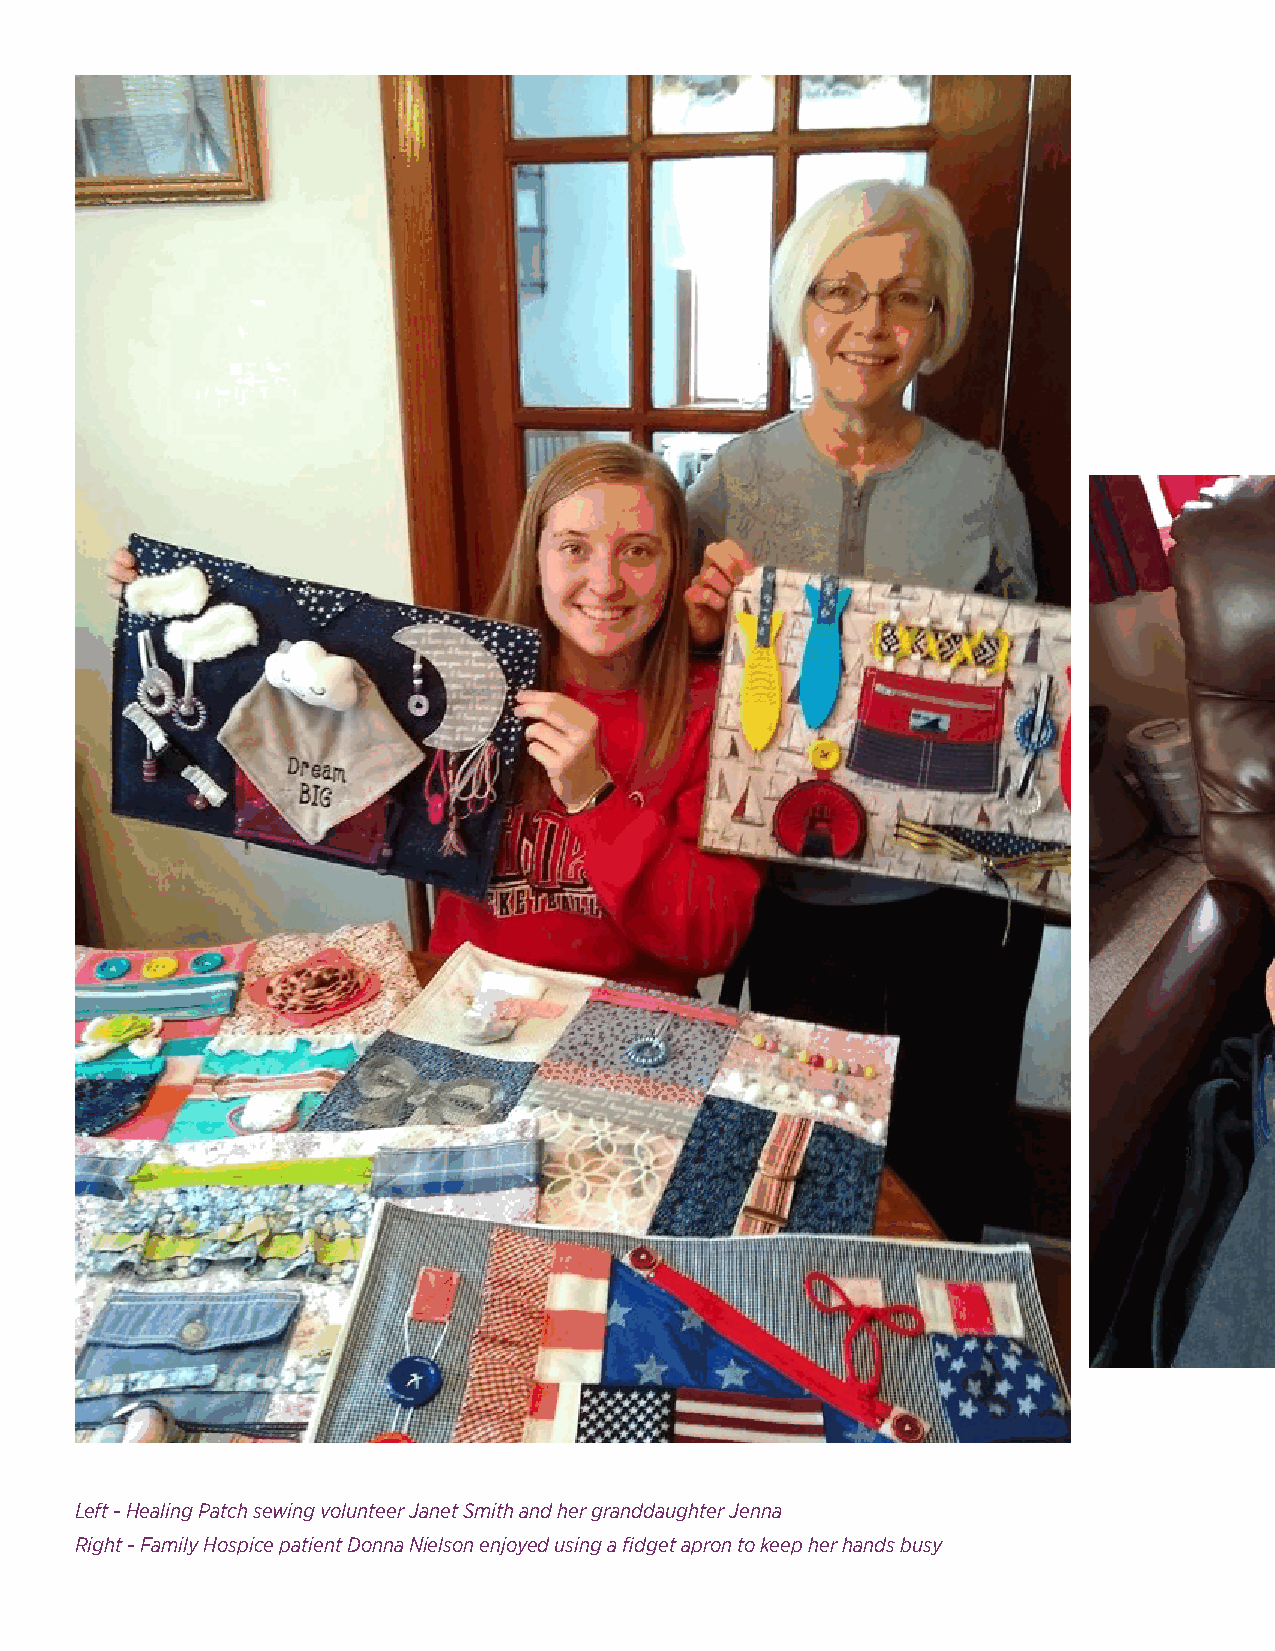
Left - Healing Patch sewing volunteer Janet Smith and her granddaughter Jenna
 Right - Family Hospice patient Donna Nielson enjoyed using a fidget apron to keep her hands busy